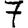
Digit: 7